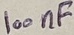
Text: 100nF